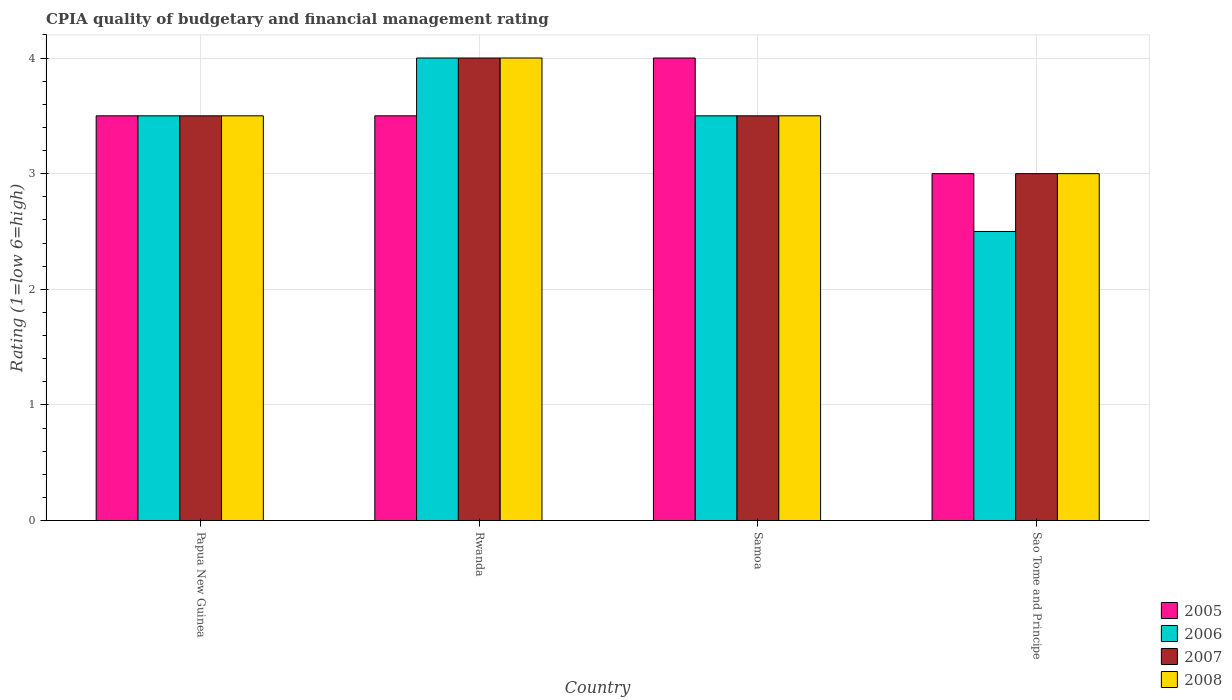
| Country | 2005 | 2006 | 2007 | 2008 |
 | --- | --- | --- | --- | --- |
 | Papua New Guinea | 3.5 | 3.5 | 3.5 | 3.5 |
 | Rwanda | 3.5 | 4 | 4 | 4 |
 | Samoa | 4 | 3.5 | 3.5 | 3.5 |
 | Sao Tome and Principe | 3 | 2.5 | 3 | 3 |